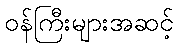
ဝန်ကြီးများအဆင့်